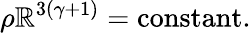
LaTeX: \rho\mathbb{R}^{3(\gamma+1)}=\mathrm{{constant}}.